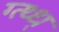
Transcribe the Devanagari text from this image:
ग्त्थ्ध्